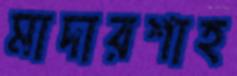
মাদারশাহ